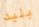
بليد